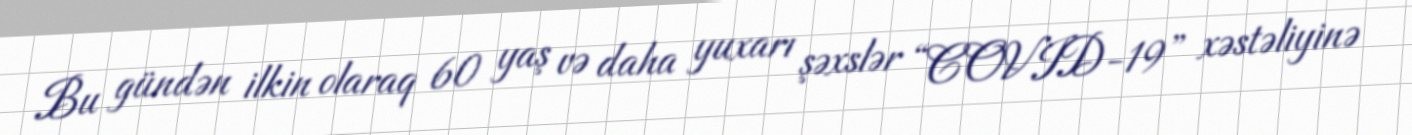
Bu gündən ilkin olaraq 60 yaş və daha yuxarı şəxslər “COVID-19” xəstəliyinə